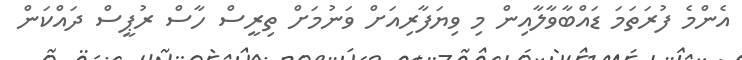
އެންމެ ފުރަތަމަ ޑައްބާވާލާއިން މި ވިޔަފާރިއަށް ވަނުމަށް ތިރީސް ހާސް ރުޕީސް ދައްކަން